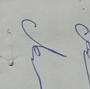
Signature authenticity: genuine